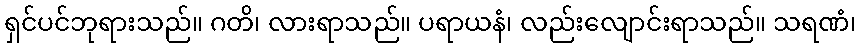
ရှင်ပင်ဘုရားသည်။ ဂတိ၊ လားရာသည်။ ပရာယနံ၊ လည်းလျောင်းရာသည်။ သရဏံ၊